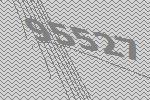
95527